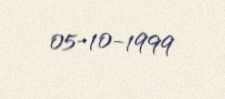
05-10-1999